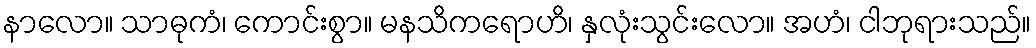
နာလော။ သာဓုကံ၊ ကောင်းစွာ။ မနသိကရောဟိ၊ နှလုံးသွင်းလော။ အဟံ၊ ငါဘုရားသည်။